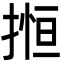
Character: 搄